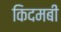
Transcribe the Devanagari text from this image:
किदमबी